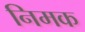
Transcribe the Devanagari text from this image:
निमक